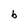
Character: b